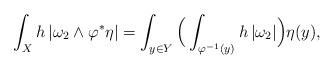
LaTeX: \begin{align*} \int_X h\, |\omega_2 \wedge \varphi^* \eta | = \int_{y\in Y} \Big(\int_{\varphi^{-1}(y)} h\, |\omega_2| \Big) \eta (y) ,\end{align*}